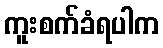
ကူးစက်ခံရပါက